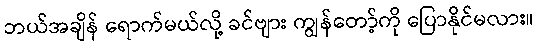
ဘယ်အချိန် ရောက်မယ်လို့ ခင်ဗျား ကျွန်တော့်ကို ပြောနိုင်မလား။